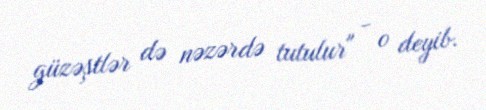
güzəştlər də nəzərdə tutulur" - o deyib.